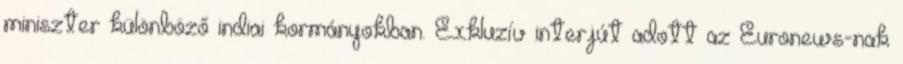
miniszter különböző indiai kormányokban. Exkluzív interjút adott az Euronews-nak